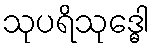
သုပရိသုဒ္ဓေါ